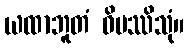
ယထာဘူတံ ဝိပဿိသုံ။